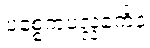
ပစ္စေကပလ္လင်္ကေန